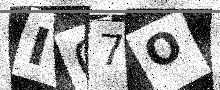
Text: I07O